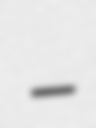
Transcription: –